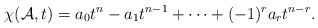
LaTeX: \begin{align*}\chi(\mathcal{A},t)=a_0t^n-a_1t^{n-1}+\cdots + (-1)^ra_rt^{n-r}.\end{align*}